system: You are a helpful assistant.
user:
Analyze the provided spectrum to determine if it is a **S-type Star**.

- **Key Indicators for S-type Star:**

    - **(Overall Spectrum Shape):** The first and most obvious characteristic is the overall continuum (the "baseline" shape). It is **extremely "red-sloping,"** meaning the flux (light intensity) is very low on the left side (blue, ~4000-4500 Å) and rises steeply and continuously toward the right side (red, ~7000 Å+).

    - **(Primary):** The spectrum is defined by the presence of strong, broad molecular absorption "valleys" (bands) from **Zirconium Oxide (ZrO)**. The identification of these bands is the **primary requirement** for classifying a star as S-type.
        - **(Key Bandheads):** You must find distinct, deep "dips" where the light has been absorbed. The most critical band systems to locate are:
            - **~6474 Å** ($\gamma$-system): This is often the strongest and clearest ZrO feature, found in the red part of the spectrum.
            - **~5718 Å** & **~5551 Å** ($\beta$-system): A pair of prominent absorption features in the yellow-orange part of the spectrum.
            - **~4640 Å** ($\alpha$-system): A key absorption band system in the blue-green region of the spectrum.

    - **(Secondary Confirmation):** The classification is strengthened by finding additional absorption bands from other related heavy element oxides, which are expected to be present alongside ZrO.
        - **(Key Bandheads):**
            - **Yttrium Oxide (YO):** Look for absorption dips near **~4800 Å** and **~6100 Å**.
            - **Lanthanum Oxide (LaO):** Additional absorption features, particularly in the red-orange part of the spectrum, are also characteristic.

    - **(Line Profile):** The combination of the steep red continuum and these numerous, deep molecular bands (ZrO, YO, etc.) gives the entire spectrum a very **"chopped-up"** or **"bumpy"** appearance. Instead of a smooth curve, the spectrum looks as though large, wide chunks of light have been "carved out" of it at the specific wavelengths listed above.

Think first, call **spectral_visualization_tool** if needed to examine features in detail, then provide your final answer. Your response must adhere to the following strict rules:
1.  **Overall Structure:** Your response must follow the format `<think>...</think> <tool_call>...</tool_call> (if a tool is used) <answer>...</answer>`.
2.  **Tool Usage Constraint:** You may only make **one** tool call per turn.
3.  **Final Answer Format:** In the `<answer>` tag, your conclusion must be inside a `\boxed{}` command (e.g., `\boxed{YES}` or `\boxed{NO}`), followed by your justification.

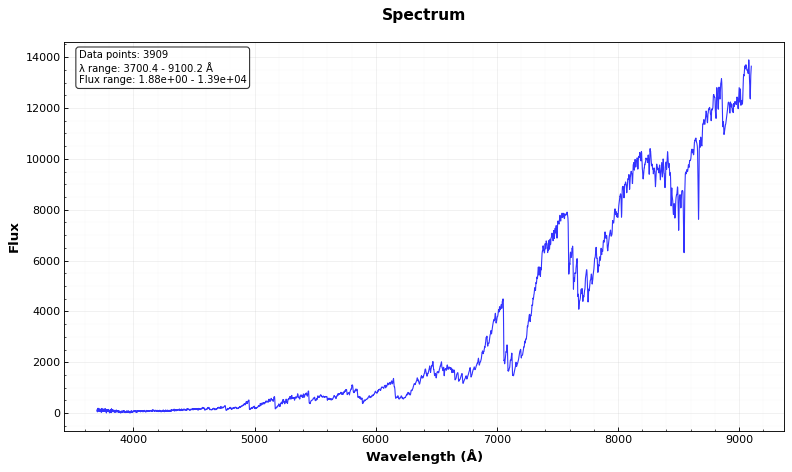
Answer: YES